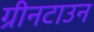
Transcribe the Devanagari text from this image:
ग्रीनटाउन